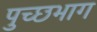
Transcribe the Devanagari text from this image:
पुच्छभाग